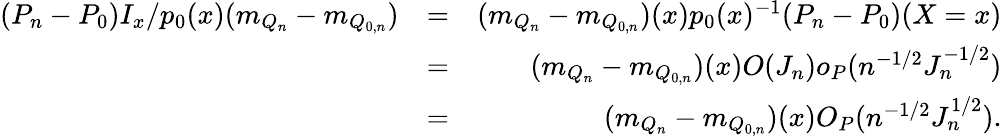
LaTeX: \begin{array}{rlr}{(P_{n}-P_{0})I_{x}/p_{0}(x)(m_{Q_{n}}-m_{Q_{0,n}})}&{=}&{(m_{Q_{n}}-m_{Q_{0,n}})(x)p_{0}(x)^{-1}(P_{n}-P_{0})(X=x)}\\ &{=}&{(m_{Q_{n}}-m_{Q_{0,n}})(x)O(J_{n})o_{P}(n^{-1/2}J_{n}^{-1/2})}\\ &{=}&{(m_{Q_{n}}-m_{Q_{0,n}})(x)O_{P}(n^{-1/2}J_{n}^{1/2}).}\end{array}